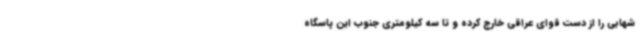
شهابی را از دست قوای عراقی خارج کرده و تا سه کیلومتری جنوب این پاسگاه